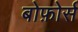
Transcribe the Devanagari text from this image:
बोफ़ोर्स